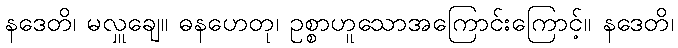
နဒေတိ၊ မလှူချေ။ ဓနဟေတု၊ ဥစ္စာဟူသောအကြောင်းကြောင့်။ နဒေတိ၊